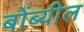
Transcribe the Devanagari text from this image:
बोंब्यील